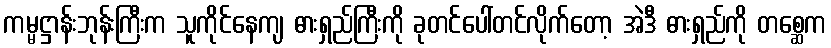
ကမ္မဋ္ဌာန်းဘုန်းကြီးက သူကိုင်နေကျ ဓားရှည်ကြီးကို ခုတင်ပေါ်တင်လိုက်တော့ အဲဒီ ဓားရှည်ကို တစ္ဆေက